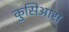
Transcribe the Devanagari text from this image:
कुसिआरा